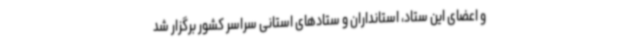
و اعضای این ستاد، استانداران و ستادهای استانی سراسر کشور برگزار شد